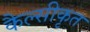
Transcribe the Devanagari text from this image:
कैल्सीकृत